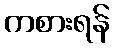
ကစားရန်